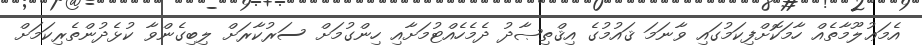
އެމަޢުލޫމާތެއް ހާމަކޮށްފިކަމުގައި ވާނަމަ ޤައުމުގެ އިޤްތިޞާދު ދެމެހެއްޓުމަށާއި ހިންގުމަށް ސަރުކާރަށް ލިބިގެންވާ ކުޅެދުންތެރިކަމަށް